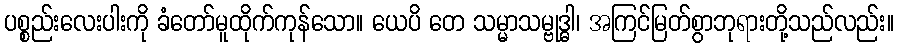
ပစ္စည်းလေးပါးကို ခံတော်မူထိုက်ကုန်သော။ ယေပိ တေ သမ္မာသမ္ဗုဒ္ဓါ၊ အကြင်မြတ်စွာဘုရားတို့သည်လည်း။